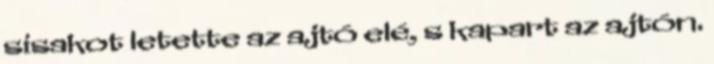
sisakot letette az ajtó elé, s kapart az ajtón.